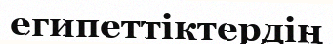
египеттіктердің